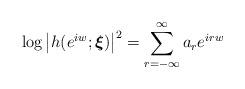
LaTeX: \begin{align*}\log \left\vert h(e^{iw};\boldsymbol{\xi })\right\vert ^{2}=\sum_{r=-\infty}^{\infty }a_{r}e^{irw}\end{align*}